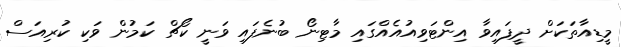
މީޑިއާތަކަށް ދީފައިވާ އިންޓަވިއުއެއްގައި މާޓިނޯ ބުނެފައި ވަނީ ކޯޗް ކަމުން ވަކި ކުރިއަސް